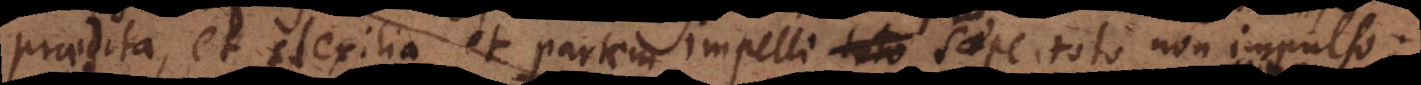
praedita, et flexilia, et partem impelli toto saepe toto non impulso;